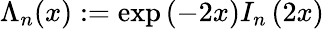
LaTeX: \Lambda_{n}(x):=\exp\left(-2x\right)I_{n}\left(2x\right)